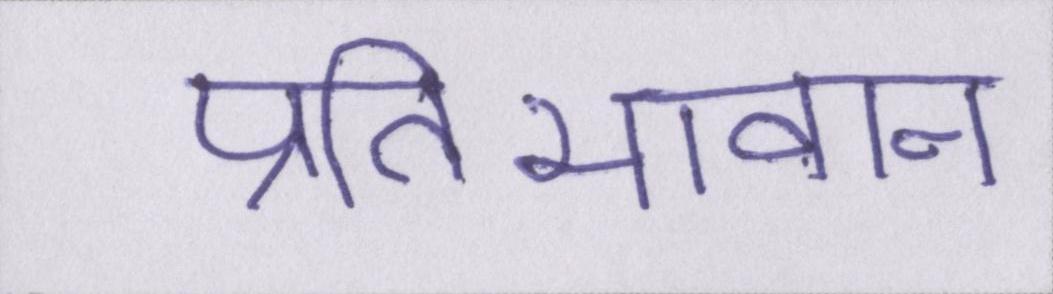
प्रतिभावान